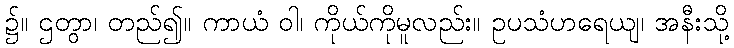
၌။ ဌတွာ၊ တည်၍။ ကာယံ ဝါ၊ ကိုယ်ကိုမူလည်း။ ဥပသံဟရေယျ၊ အနီးသို့